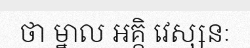
ថា ម្នាល អគ្គិ វេស្សនៈ